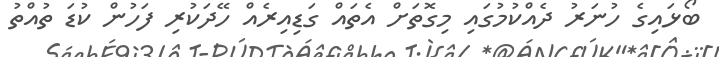
ބޯޅައިގެ ހުނަރު ދެއްކުމުގައި މިގޮތަށް އެތައް ގަޑިއިރެއް ހޭދަކުރި ފަހުން ކުޑަ ތުއްތު